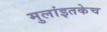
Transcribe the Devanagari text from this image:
मुलांइतकेच